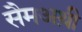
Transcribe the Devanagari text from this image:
सैमअथ़ी